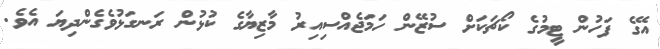
އޭގެ ފަހުން ޓީމުގެ ކޯޗަކަށް ސުޒޭން ހަމަޖެއްސިއިރު މާޒިޔާގެ ކުޅުން ރަނގަޅުވެގެންދިޔަ އެވެ.